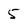
Character: 5